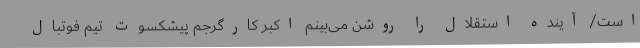
است/ آینده استقلال را روشن می‌بینم اکبر کارگرجم پیشکسوت تیم فوتبال